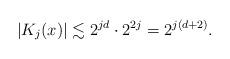
LaTeX: \begin{align*}|K_j(x)| \lesssim 2^{jd} \cdot 2^{2j} = 2^{j(d+2)}.\end{align*}